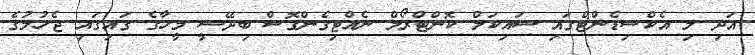
އަދި މި އެކްސިޑެންޓްގައި ސައިކަލް ކޮންޓްރޯލް ނެއްޓިގެންގޮސް ބިދޭސީ މީހާގެ ގައިގައި ޖެހުމުގެ